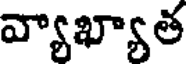
వ్యాఖ్యాత